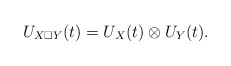
\begin{align*}U_{X \square Y}(t) = U_X(t) \otimes U_Y(t). \end{align*}